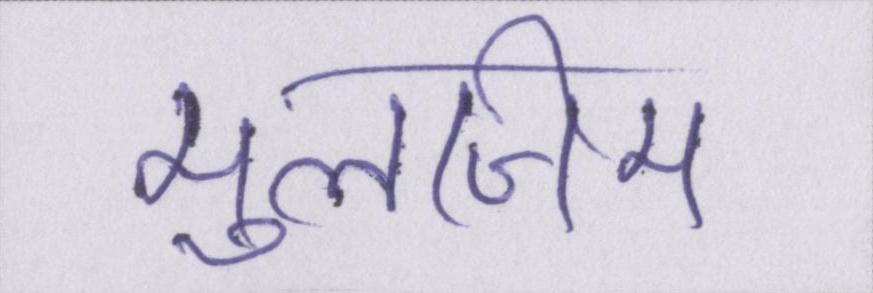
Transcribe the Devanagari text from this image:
मुलजिम